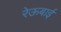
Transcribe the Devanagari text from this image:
रेऊबाई